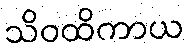
သိဝထိကာယ